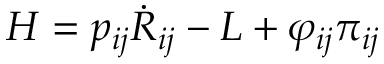
H = p _ { i j } \dot { R } _ { i j } - L + \varphi _ { i j } \pi _ { i j }